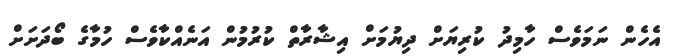
އެހެން ނަމަވެސް ހާމިދު ކުރިޔަށް ދިޔުމަށް އިޝާރާތް ކުރުމުން އަނެއްކާވެސް ހުމާގެ ބޯދަށަށް